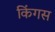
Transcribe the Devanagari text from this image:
किंगस